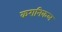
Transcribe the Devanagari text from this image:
करानिकल